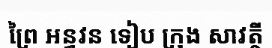
ព្រៃ អន្ធវន ទៀប ក្រុង សាវត្ថី